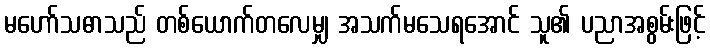
မဟော်သဓာသည် တစ်ယောက်တလေမျှ အသက်မသေရအောင် သူ၏ ပညာအစွမ်းဖြင့်